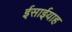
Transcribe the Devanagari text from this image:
ईसाईयाह